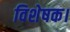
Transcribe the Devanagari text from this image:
विशेषक।